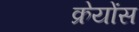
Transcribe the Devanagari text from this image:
क्रेयोंस